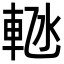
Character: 𬧴